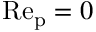
\mathrm { R e _ { \mathrm { p } } } = 0